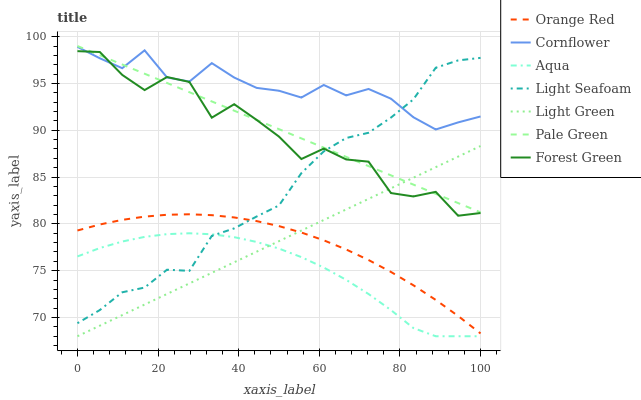
| xaxis_label | Orange Red | Cornflower | Aqua | Light Seafoam | Light Green | Pale Green | Forest Green |
 | --- | --- | --- | --- | --- | --- | --- | --- |
 | 0 | 79.3 | 98.9 | 76.5 | 69.4 | 68 | 99 | 98.4 |
 | 5.56 | 79.9 | 97.7 | 77.4 | 70.8 | 69.1 | 98 | 98.4 |
 | 11.1 | 80.4 | 96.6 | 78.1 | 72.7 | 70.3 | 97 | 95.9 |
 | 16.7 | 80.8 | 98.5 | 78.6 | 73.2 | 71.4 | 96 | 94.3 |
 | 22.2 | 81 | 95.6 | 78.9 | 75.1 | 72.5 | 95.1 | 95.7 |
 | 27.8 | 81 | 95.2 | 79 | 75 | 73.6 | 94.1 | 95.2 |
 | 33.3 | 80.9 | 97.2 | 78.9 | 78.7 | 74.8 | 93.1 | 91.3 |
 | 38.9 | 80.7 | 95.6 | 78.6 | 79.5 | 75.9 | 92.1 | 92.8 |
 | 44.4 | 80.3 | 94.5 | 78.1 | 80.8 | 77 | 91.1 | 91.1 |
 | 50 | 79.8 | 94.2 | 77.4 | 82 | 78.2 | 90.1 | 89.3 |
 | 55.6 | 79.1 | 93.5 | 76.5 | 85.4 | 79.3 | 89.1 | 86.9 |
 | 61.1 | 78.2 | 94.8 | 75.3 | 87.7 | 80.4 | 88.1 | 88 |
 | 66.7 | 77.3 | 93.7 | 74 | 89.2 | 81.5 | 87.2 | 86.9 |
 | 72.2 | 76.1 | 94.4 | 72.5 | 89.7 | 82.7 | 86.2 | 86.6 |
 | 77.8 | 74.9 | 93.4 | 70.8 | 91.4 | 83.8 | 85.2 | 83.3 |
 | 83.3 | 73.4 | 91.4 | 68.9 | 93.3 | 84.9 | 84.2 | 82.9 |
 | 88.9 | 71.9 | 90.1 | 68 | 96.7 | 86.1 | 83.2 | 83.4 |
 | 94.4 | 70.2 | 90.8 | 68 | 97.5 | 87.2 | 82.2 | 80.9 |
 | 100 | 68.3 | 91.5 | 68 | 97.7 | 88.3 | 81.2 | 81.2 |